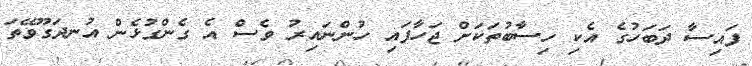
ފައިސާ ދަބަހުގެ އެކި ހިސާބުތަކަށް ޖަހާފައި ހުންނައިރު ވެސް އެ ގެންގުޅެން އުނދަގޫވޭތަ